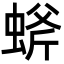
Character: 䗄